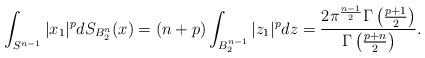
LaTeX: \begin{align*}\int_{S^{n-1}}|x_1|^p dS_{B_2^n}(x)=(n+p)\int_{B_2^{n-1}}|z_1|^pdz=\frac{2\pi^\frac{n-1}{2}\Gamma\left(\frac{p+1}{2}\right)}{\Gamma\left(\frac{p+n}{2}\right)}.\end{align*}